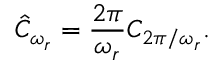
\hat { C } _ { \omega _ { r } } = \frac { 2 \pi } { \omega _ { r } } C _ { 2 \pi / \omega _ { r } } .